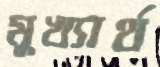
মুখ্যার্থ